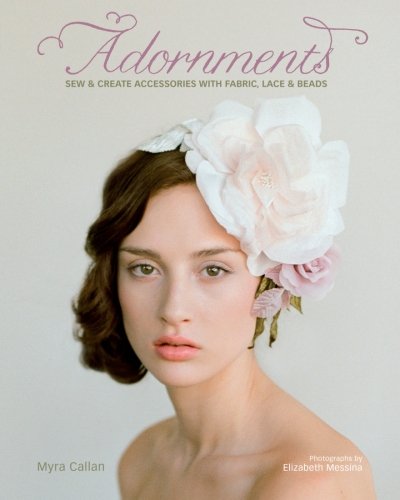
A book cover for Adornments: Sew & Create Accessories with Fabric, Lace & Beads; Myra Callan; Crafts, Hobbies & Home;